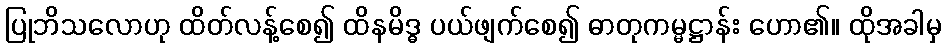
ပြုဘိသလောဟု ထိတ်လန့်စေ၍ ထိနမိဒ္ဓ ပယ်ဖျက်စေ၍ ဓာတုကမ္မဋ္ဌာန်း ဟော၏။ ထိုအခါမှ